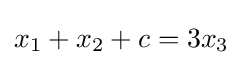
x_{1}+x_{2}+c=3x_{3}